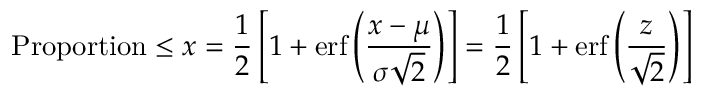
{ \mathrm { P r o p o r t i o n } } \leq x = { \frac { 1 } { 2 } } \left[ 1 + \operatorname { e r f } \left( { \frac { x - \mu } { \sigma { \sqrt { 2 } } } } \right) \right] = { \frac { 1 } { 2 } } \left[ 1 + \operatorname { e r f } \left( { \frac { z } { \sqrt { 2 } } } \right) \right]